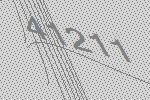
41211